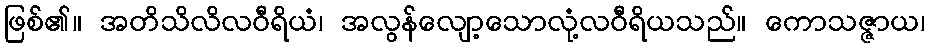
ဖြစ်၏။ အတိသိလိလဝီရိယံ၊ အလွန်လျော့သောလုံ့လဝီရိယသည်။ ကောသဇ္ဇာယ၊